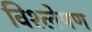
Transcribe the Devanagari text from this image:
विश्ल्‍ोषण